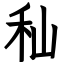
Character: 秈